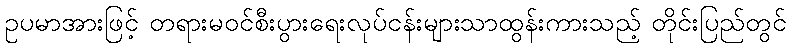
ဥပမာအားဖြင့် တရားမဝင်စီးပွားရေးလုပ်ငန်းများသာထွန်းကားသည့် တိုင်းပြည်တွင်